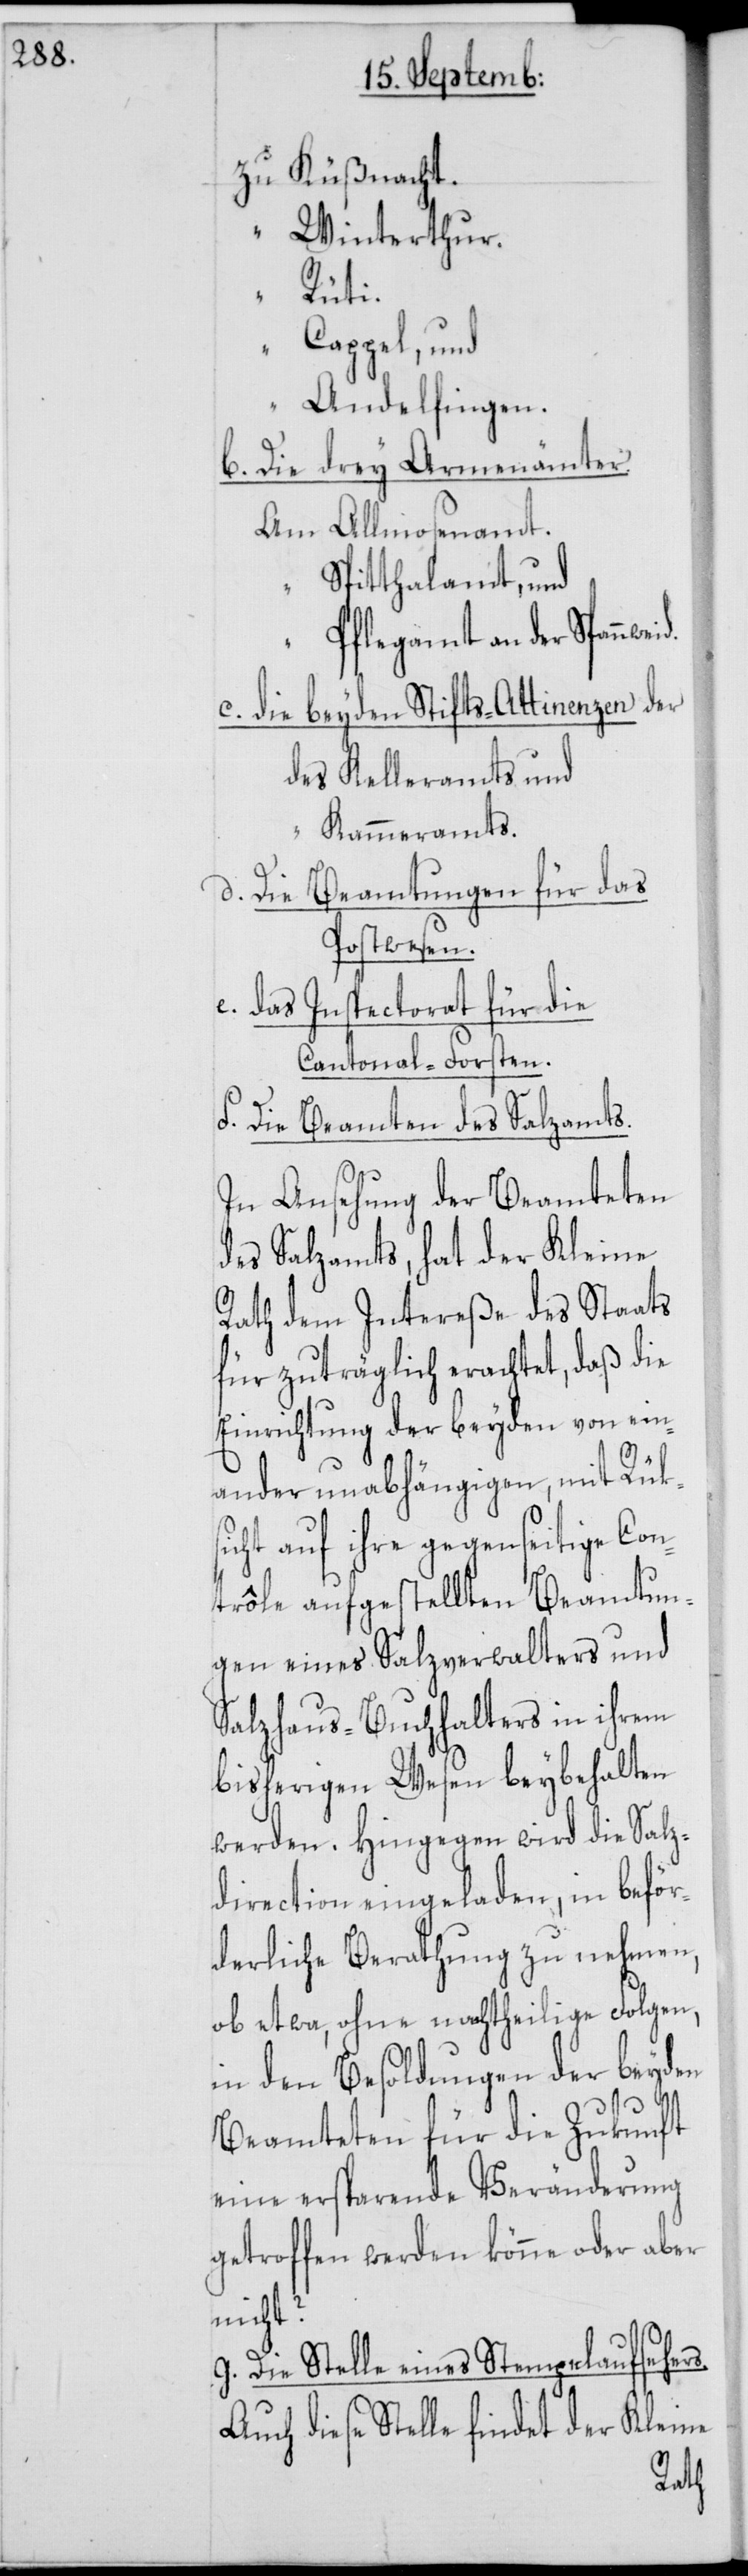
zu Küßnacht.
“ Winterthur.
Rüti.
Cappel, und
“ Andelfingen.
b. Die drey Armenämter.
Am Allmosenamt.
“ Spitthalamt, und
Pflegamt an der Spannw¬
c. die beyden Stifts-Attinenzen der
des Kelleramts und
“ Kammeramts.
d. Die Beamtungen für das
Postwesen.
e. das Inspectorat für die
Cantonal-Forsten.
f. Die Beamten des Salzamts.
In Ansehung der Beamteten
des Salzamts, hat der Kleine
Rath dem Intereße des Staats
für zuträglich erachtet, daß die
Einrichtung der beyden von ein¬
ander unabhängigen, mit Rüks¬
icht auf ihre gegenseitige Con¬
trôle aufgestellten Beamtun¬
gen eines Salzverwalters und
Salzhaus-Buchhalters in ihrem
bisherigen Wesen beybehalten
werden. Hingegen wird die Salz¬
direction eingeladen, in beför¬
derliche Berathung zu nehmen,
ob etwa, ohne nachtheilige Folgen,
in den Besoldungen der beyden
Beamteten für die Zukunft
eine ersparende Veränderung
getroffen werden könne oder aber
nicht?
g. Die Stelle eines Stempelaufsehers.
Auch diese Stelle findet der Kleine
eid.